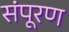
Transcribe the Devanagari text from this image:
संपूरण